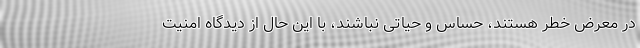
در معرض خطر هستند، حساس و حیاتی نباشند، با این حال از دیدگاه امنیت